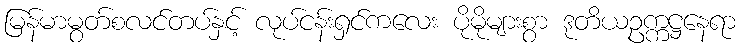
မြန်မာမွတ်စလင်တပ်နှင့် လုပ်ငန်းရှင်ကလေး ပိုမိုများစွာ ဒုတိယဥက္ကဋ္ဌနေရာ